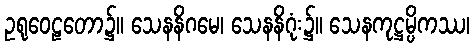
ဥရုဝေဠတော၌။ သေနနိဂမေ၊ သေနနိဂုံး၌။ သေနကုဋ္ဌမ္ပိကဿ၊